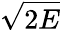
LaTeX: \sqrt{2E}